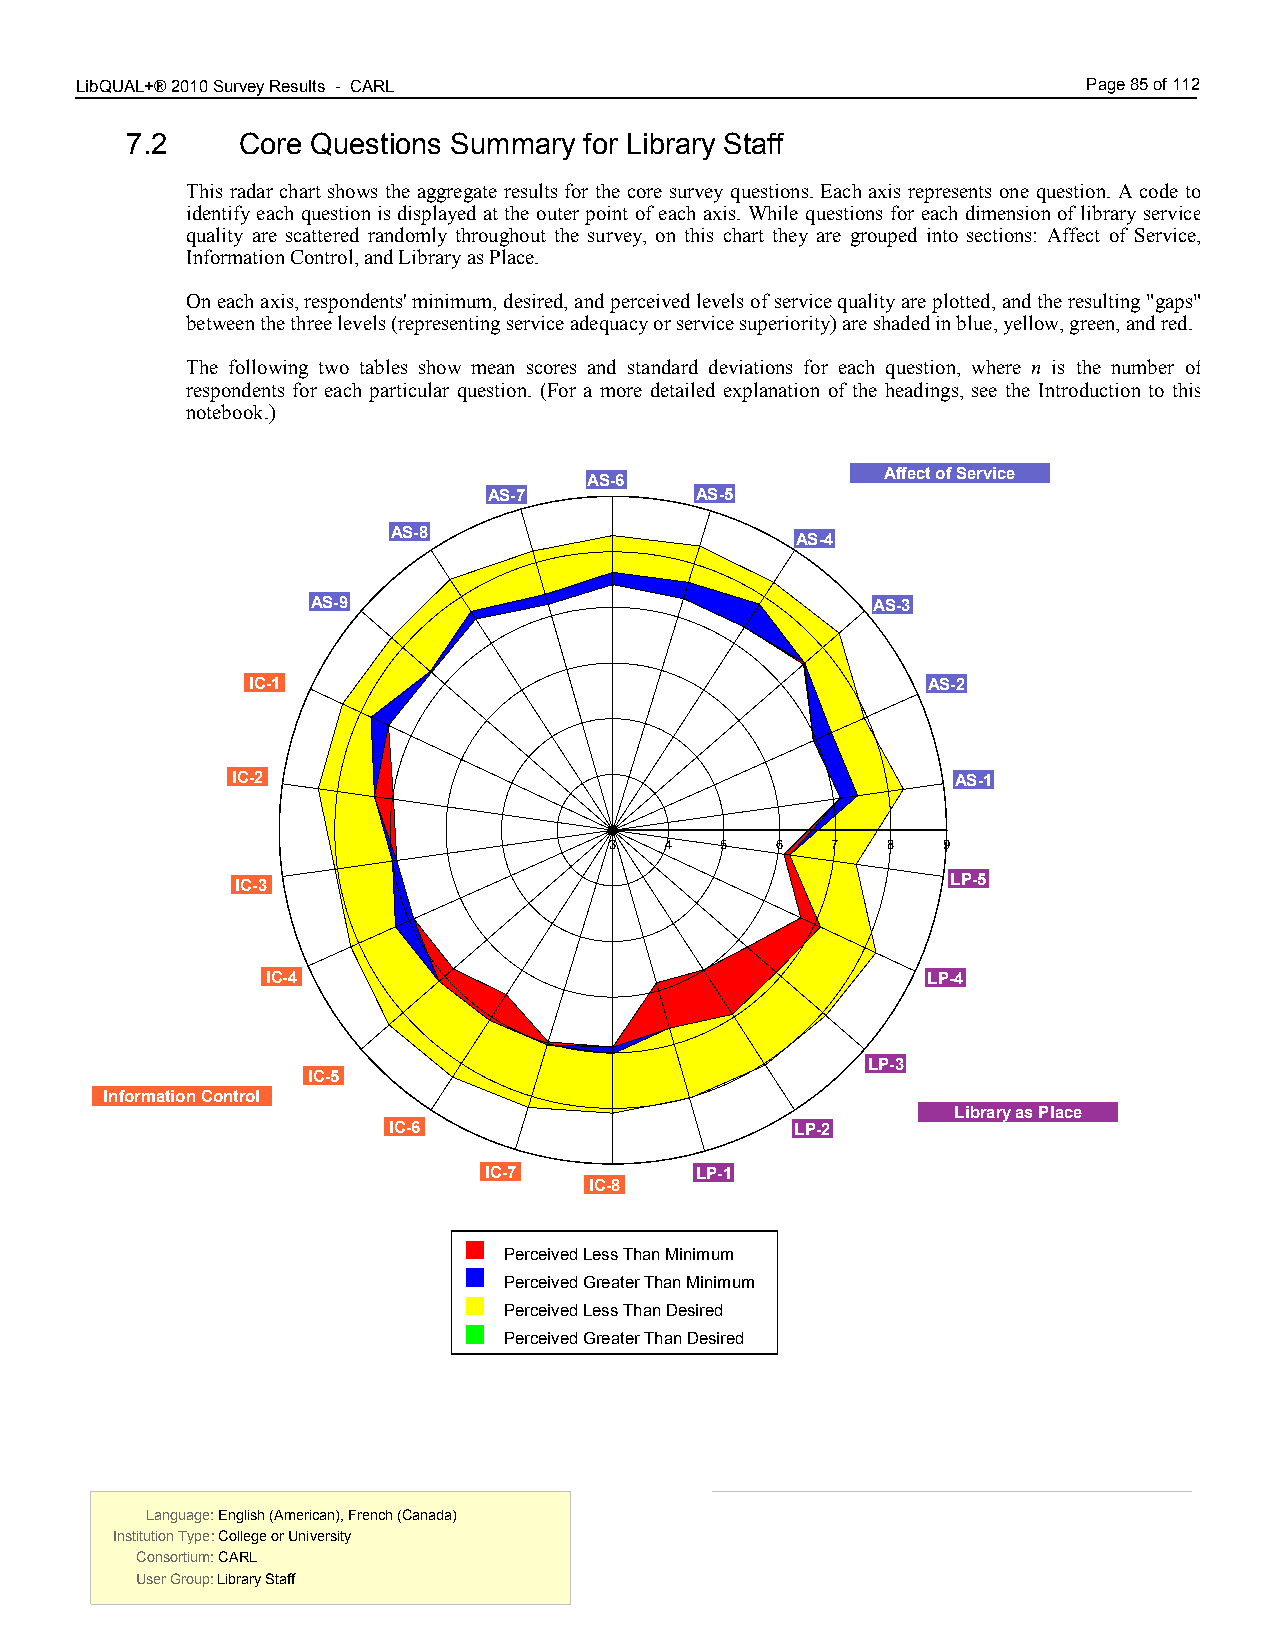
LibQUAL+® 2010 Survey Results - CARL 7.00                          Page 85 of 112
 7.2     Core Questions Summary for Library Staff
 This radar chart shows the aggregate results for the core survey questions. Each axis represents one question. A code to
 identify each question is displayed at the outer point of each axis. While questions for each dimension of library service
 quality are scattered randomly throughout the survey, on this chart they are grouped into sections: Affect of Service,
 Information Control, and Library as Place.
 On each axis, respondents' minimum, desired, and perceived levels of service quality are plotted, and the resulting "gaps"
 between the three levels (representing service adequacy or service superiority) are shaded in blue, yellow, green, and red.
 The following two tables show mean scores and standard deviations for each question, where n is the number of
 respondents for each particular question. (For a more detailed explanation of the headings, see the Introduction to this
 notebook.)
 Affect of Service
 AS-6
 AS-7          AS-5
 AS-8
 AS-4
 AS-9                                 AS-3
 IC-1                                         AS-2
 IC-2                                            AS-1
 3   4   5  6   7   8  9
 IC-3                                           LP-5
 IC-4                                       LP-4
 LP-3
 IC-5
 Information Control
 Library as Place
 IC-6                       LP-2
 IC-7          LP-1
 IC-8
 Perceived Less Than Minimum
 Perceived Greater Than Minimum
 Perceived Less Than Desired
 Perceived Greater Than Desired
 Language: English (American), French (Canada) Language: English (American), French (Canada)
 Institution Type: College or University  Institution Type: College or University
 Consortium: CARL                         Consortium: CARL
 User Group: Library Staff                User Group: Library Staff